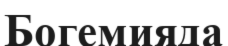
Богемияда